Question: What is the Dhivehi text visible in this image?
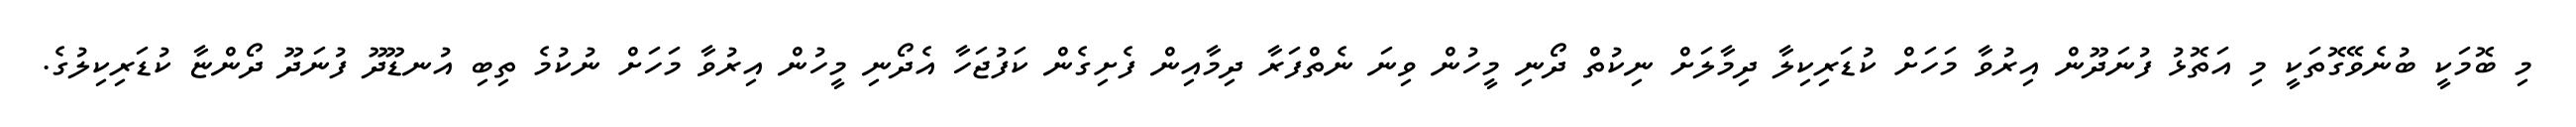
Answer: މި ބޮމަކީ ބުނެވޭގޮތަކީ މި އަތޮޅު ފުނަދޫން އިރުވާ މަހަށް ކުޑަރިކިލާ ދިމާލަށް ނިކުތް ދޯނި މީހުން ވިނަ ނެތްފަރާ ދިމާއިން ފެށިގެން ކަފުޖަހާ އެދޯނި މީހުން އިރުވާ މަހަށް ނުކުމެ ތިބި އުނޑޫދޫ ފުނަދޫ ދޯންޏާ ކުޑަރިކިލުގެ.